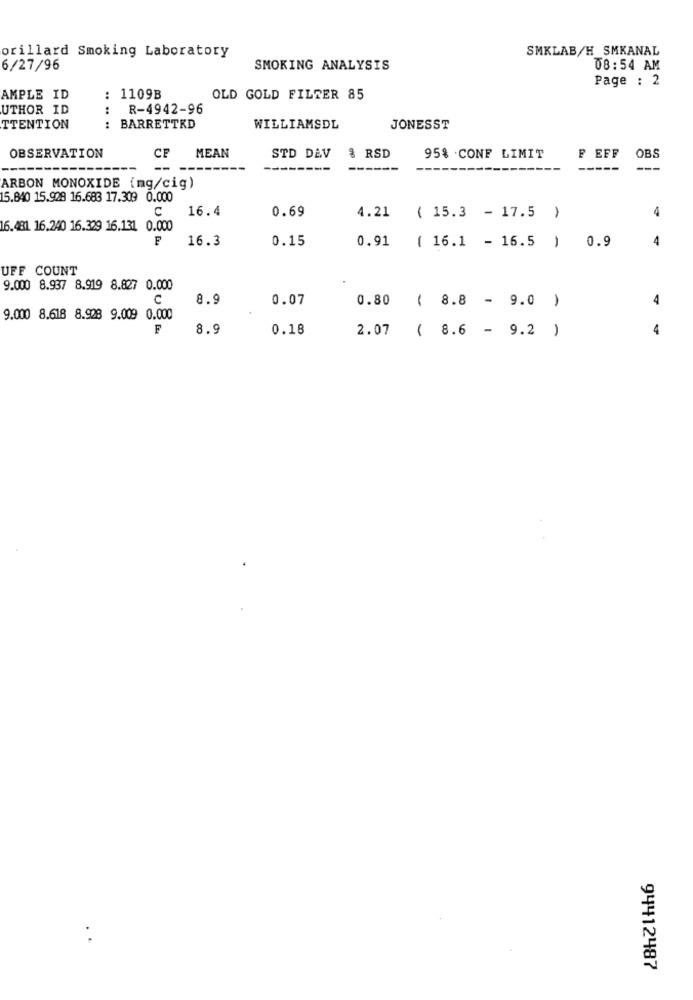
orillard Smoking Laboratory
SMKLAB/H_SMKANAL
6/27/96
SMOKING ANALYSIS
08:54 AM
Page : 2
AMPLE ID
: 1109B
OLD GOLD FILTER 85
UTHOR ID
:
R-4942-96
TTENTION
BARRETTKD
WILLIAMSDL
JONESST
OBSERVATION
CF
MEAN
STD DEV
% RSD
95% .CONF LIMIT
F EFF
OBS
-------
---
-----
---
ARBON MONOXIDE (mg/cig)
15.840 15.928 16.683 17.309 0.000
C
16.4
0.69
4
4.21
{ 15.3 - 17.5 )
16.481 16.240 16.329 16.131. 0.000
F
16.3
0.15
0.91
( 16.1 - 16.5 ) 0.9
4
UFF COUNT
9.000 8.937 8.919 8.827 0.000
C
8.9
0.07
0.80 ( 8.8 - 9.0 )
4
9.000 8.618 8.928 9.009 0.000
F
8.9
0.18
2.07
( 8.6 - 9.2 )
4
94412487